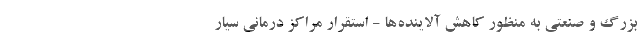
بزرگ و صنعتی به منظور کاهش آلاینده‌ها - استقرار مراکز درمانی سیار